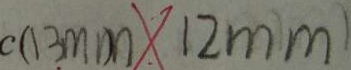
c ( 1 3 m m ) \times 1 2 m m